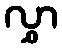
လွှာ